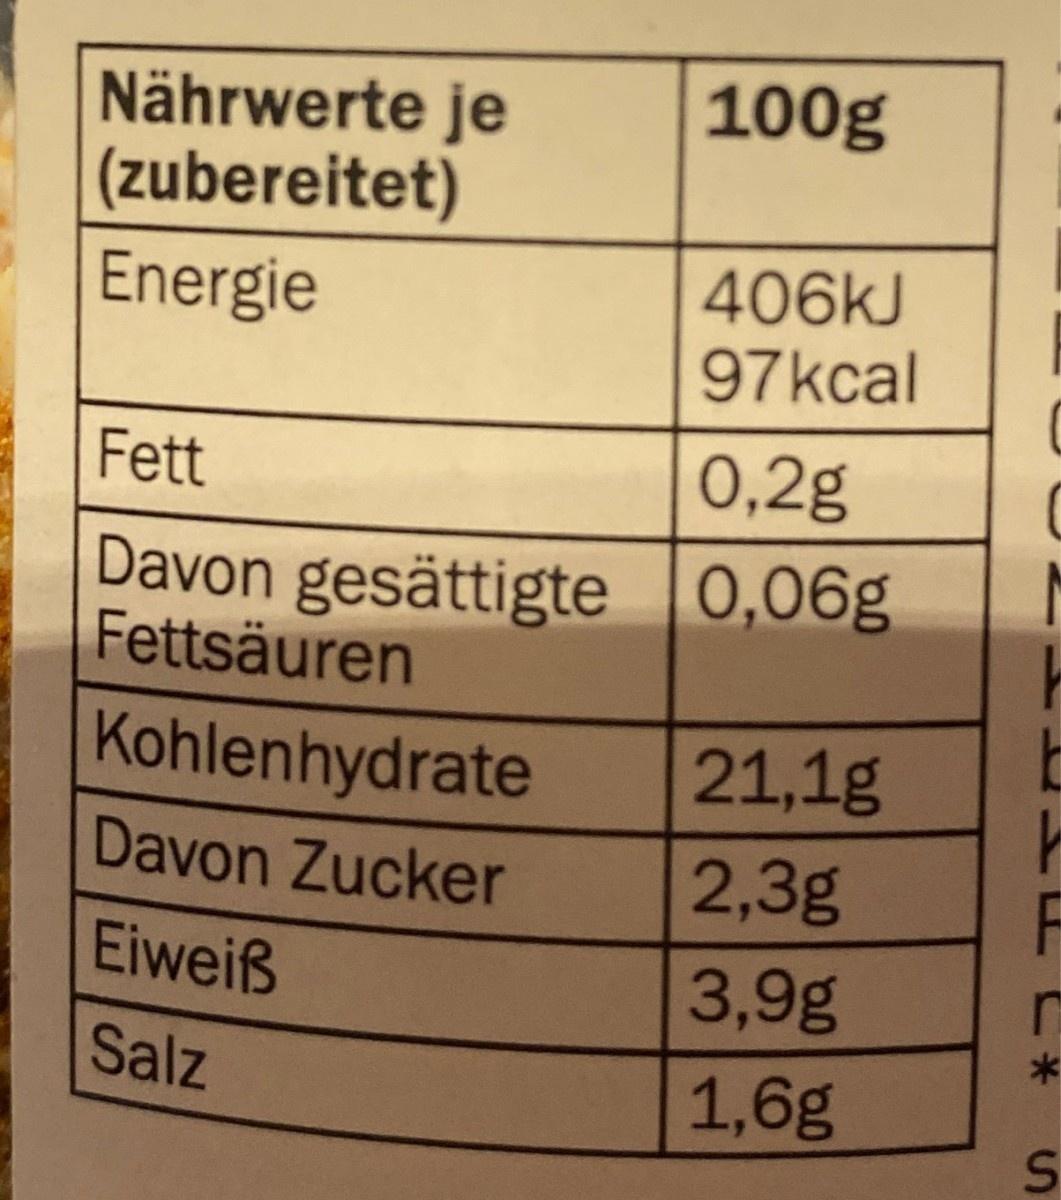
100g Nährwerte je (zubereitet) 406kJ 97kcal Energie Fett 0,2g Davon gesättigte 0,06g Fettsäuren Kohlenhydrate 21,1g Davon Zucker 2,3g Eiweiß 3,9g Salz 1,6g